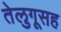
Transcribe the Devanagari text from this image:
तेलुगूसह